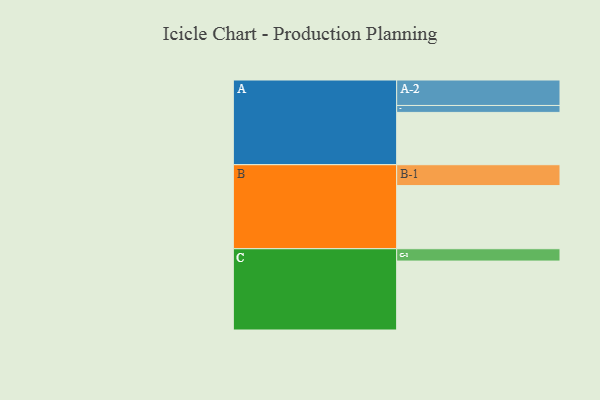
{"axis": {"x": "Segment", "y": "Value"}, "legend": ["", "A", "B", "C"], "data": [{"x": "A", "y": 378, "type": ""}, {"x": "B", "y": 456, "type": ""}, {"x": "C", "y": 498, "type": ""}, {"x": "A-1", "y": 50, "type": "A"}, {"x": "A-2", "y": 184, "type": "A"}, {"x": "B-1", "y": 151, "type": "B"}, {"x": "C-1", "y": 89, "type": "C"}]}